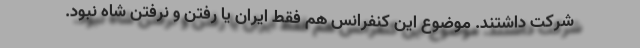
شرکت داشتند. موضوع این کنفرانس هم فقط ایران یا رفتن و نرفتن شاه نبود.